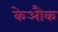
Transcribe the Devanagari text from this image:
केऔक